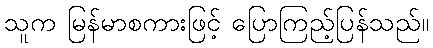
သူက မြန်မာစကားဖြင့် ပြောကြည့်ပြန်သည်။